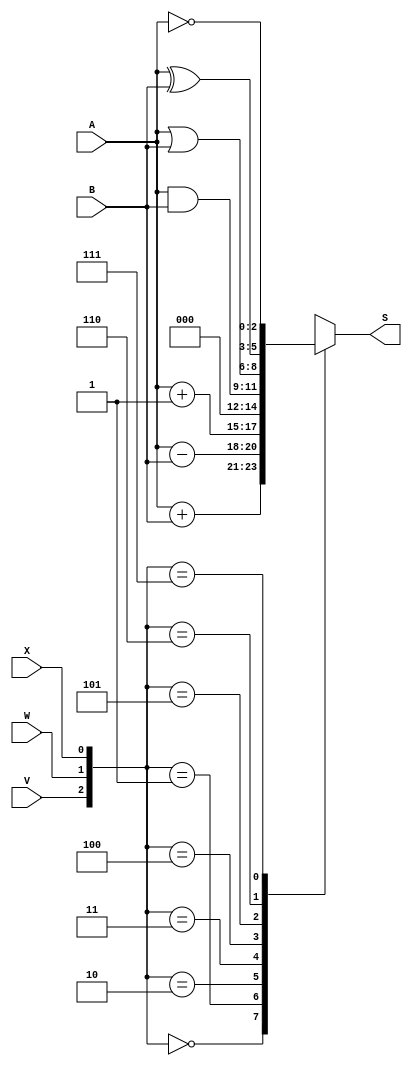
module Lab4 ( V , W , X , A , B , S ) ;
//Lab4 dut ( SW[8] , SW[7] , SW[6] , SW[5:3] , SW[2:0] , LEDG[2:0]);

input  V, W , X ;
input  [2:0]  A , B ;
output reg  [2:0]  S ;

always  @ (W, X, A, B)  begin
	case  ({ V, W , X })
		0  :  S  =  A + B;
		1  :  S  =  A - B;
		2  :  S  =  A + 1;
		3  :  S  =  0;
		4  :  S  =  A & B;
		5  :  S  =  A | B;
		6  :  S  =  A ^ B;
		7  :  S  =  ~A;
	endcase
end

endmodule